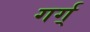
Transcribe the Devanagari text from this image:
गर्ग्